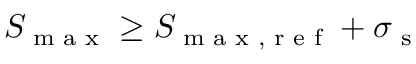
S _ { \textrm { m a x } } \geq S _ { \textrm { m a x , r e f } } + \sigma _ { \textrm { s } }